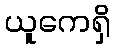
ယူကေရှိ